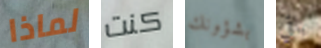
لماذا كنت بشؤونك باقي